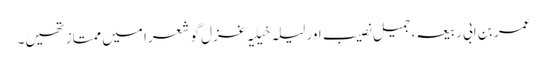
عمر بن ابی ربیعہ، جمیل نصیب اور لیلہ خیلیہ غزل گو شعرا میں ممتاز تھیں۔